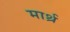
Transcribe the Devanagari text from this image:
मार्थ्र